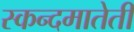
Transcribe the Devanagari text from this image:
स्कन्दमातेती